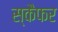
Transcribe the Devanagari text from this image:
स्कैफर